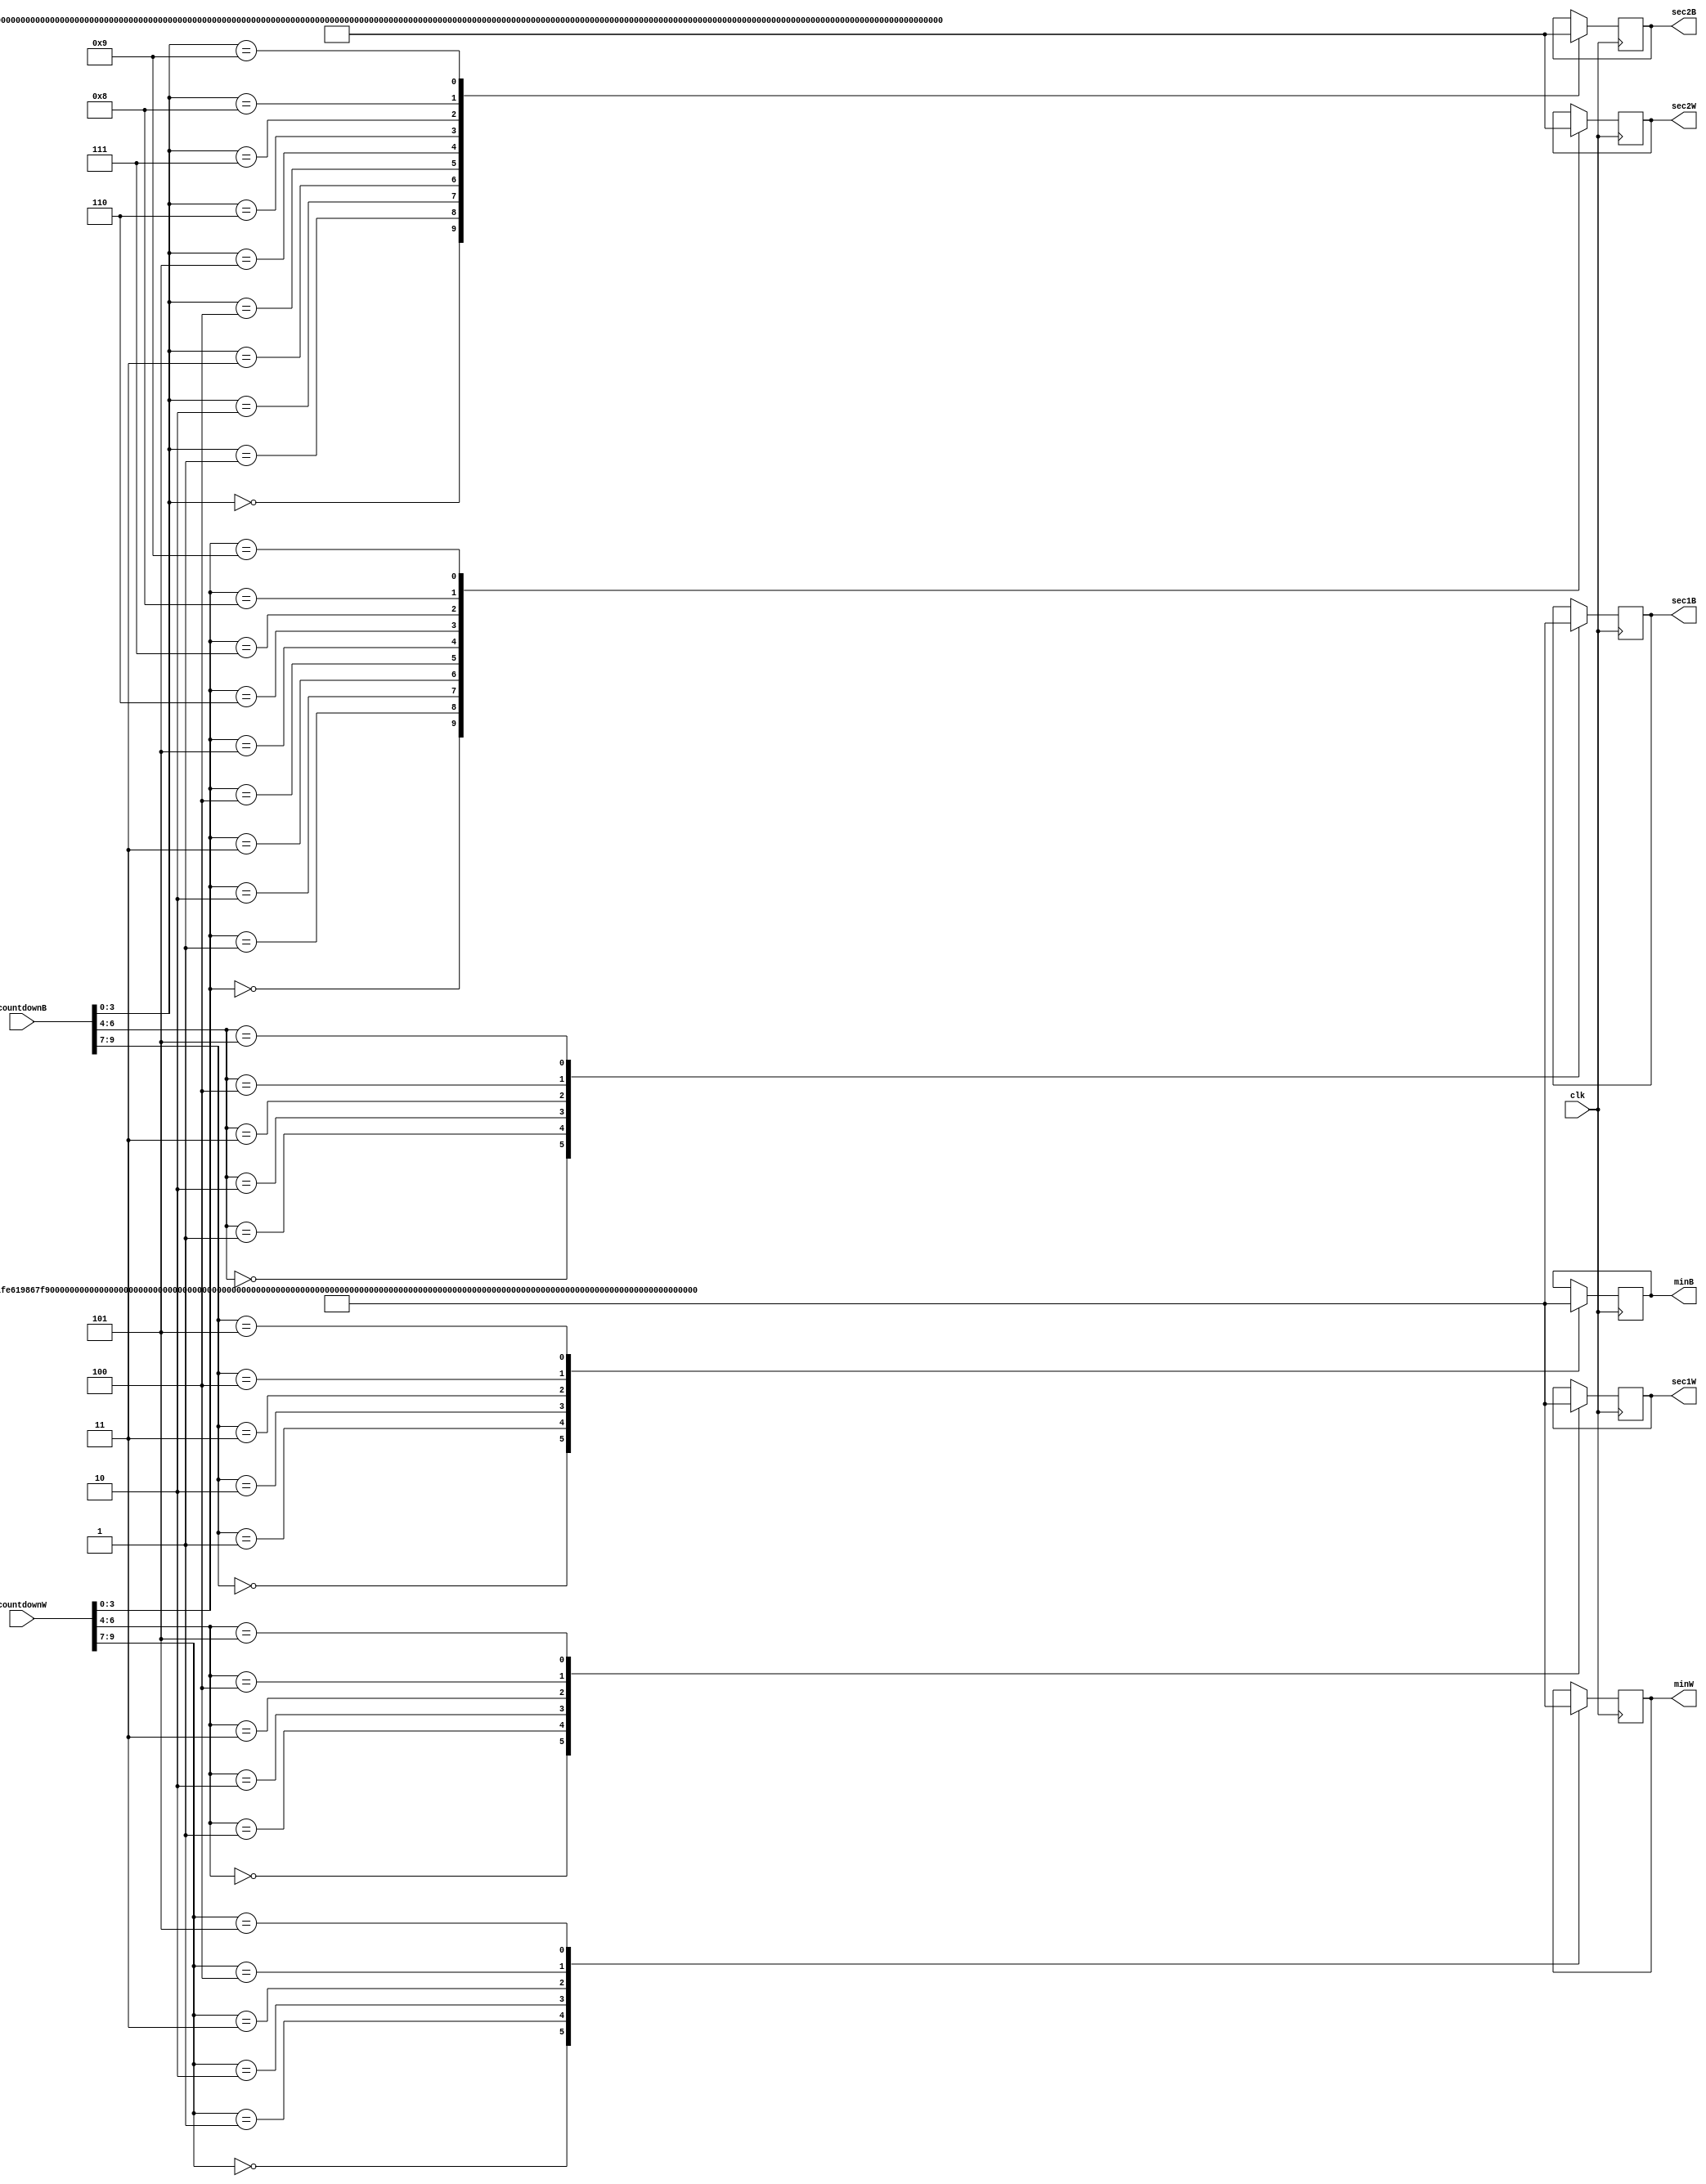
`timescale 1ns / 1ps
//////////////////////////////////////////////////////////////////////////////////
// Company: 
// 
// Design Name: 
// Module Name: NumberDisplayDecoder
// Project Name: 
// Target Devices: 
// Tool Versions: 
// Description: 
// 
// Dependencies: 
// 
// Revision:
// Revision 0.01 - File Created
// Additional Comments:
// 
//////////////////////////////////////////////////////////////////////////////////


module NumberDisplayDecoder(
    input clk,
    input wire [9:0] countdownW,
    input wire [9:0] countdownB,
    output wire [99:0] minW,
    output wire [99:0] sec1W,
    output wire [99:0] sec2W,
    output wire [99:0] minB,
    output wire [99:0] sec1B,
    output wire [99:0] sec2B
    );
    
    
    localparam [99:0] number0 = 
        100'b0000000000_0000000000_0011111100_0111111110_0110000110_0110000110_0111111110_0011111100_0000000000_0000000000;
    localparam [99:0] number1 = 
        100'b0000000000_0000000000_0000000000_0110000000_0111111110_0111111110_0110001100_0000000000_0000000000_0000000000;
    localparam [99:0] number2 = 
        100'b0000000000_0000000000_0110001100_0110011110_0110010010_0110110010_0111100110_0111000100_0000000000_0000000000;
        localparam [99:0] number3 = 
        100'b0000000000_0000000000_0011111100_0111111110_0110110110_0110110110_0110000110_0110000110_0000000000_0000000000;
    localparam [99:0] number4 = 
        100'b0000000000_0000000000_0111111110_0111111110_0000110000_0000110000_0000111110_0000111110_0000000000_0000000000;
    localparam [99:0] number5 = 
        100'b0000000000_0000000000_0011100110_0111110110_0110110110_0110110110_0110110110_0110111100_0000000000_0000000000;
    localparam [99:0] number6 = 
        100'b0000000000_0000000000_0011100110_0111110110_0110110110_0110110110_0111111110_0011111100_0000000000_0000000000;
    localparam [99:0] number7 = 
        100'b0000000000_0000000000_0000001100_0000111110_0001110110_0011100110_0111001110_0110001100_0000000000_0000000000;
    localparam [99:0] number8 = 
        100'b0000000000_0000000000_0011111100_0111111110_0110110110_0110110110_0111111110_0011111100_0000000000_0000000000;
    localparam [99:0] number9 = 
        100'b0000000000_0000000000_0011111100_0111111110_0110110110_0110110110_0110111110_0010011100_0000000000_0000000000;
    
    
    wire [11:0] bcdW;
    wire [11:0] bcdB;
    reg [99:0] digit1W;
    reg [99:0] digit2W;
    reg [99:0] digit3W;
    reg [99:0] digit1B;
    reg [99:0] digit2B;
    reg [99:0] digit3B;
    
    
    always @ (posedge clk) begin
        case (countdownW[9:7])
            0: begin digit1W = number0; end
            1: begin digit1W = number1; end
            2: begin digit1W = number2; end
            3: begin digit1W = number3; end
            4: begin digit1W = number4; end
            5: begin digit1W = number5; end
        endcase
        case (countdownW[6:4])
            0: begin digit2W = number0; end
            1: begin digit2W = number1; end
            2: begin digit2W = number2; end
            3: begin digit2W = number3; end
            4: begin digit2W = number4; end
            5: begin digit2W = number5; end
        endcase
        case (countdownW[3:0])
            0: begin digit3W = number0; end
            1: begin digit3W = number1; end
            2: begin digit3W = number2; end
            3: begin digit3W = number3; end
            4: begin digit3W = number4; end
            5: begin digit3W = number5; end
            6: begin digit3W = number6; end
            7: begin digit3W = number7; end
            8: begin digit3W = number8; end
            9: begin digit3W = number9; end
        endcase
        case (countdownB[9:7])
            0: begin digit1B = number0; end
            1: begin digit1B = number1; end
            2: begin digit1B = number2; end
            3: begin digit1B = number3; end
            4: begin digit1B = number4; end
            5: begin digit1B = number5; end
        endcase
        case (countdownB[6:4])
            0: begin digit2B = number0; end
            1: begin digit2B = number1; end
            2: begin digit2B = number2; end
            3: begin digit2B = number3; end
            4: begin digit2B = number4; end
            5: begin digit2B = number5; end
        endcase
        case (countdownB[3:0])
            0: begin digit3B = number0; end
            1: begin digit3B = number1; end
            2: begin digit3B = number2; end
            3: begin digit3B = number3; end
            4: begin digit3B = number4; end
            5: begin digit3B = number5; end
            6: begin digit3B = number6; end
            7: begin digit3B = number7; end
            8: begin digit3B = number8; end
            9: begin digit3B = number9; end
        endcase
    end
        
    assign minW = digit1W;
    assign sec1W = digit2W;
    assign sec2W = digit3W;
    
    assign minB = digit1B;
    assign sec1B = digit2B;
    assign sec2B = digit3B;
   
endmodule